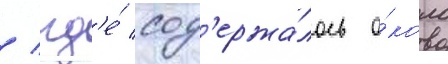
/ гд'е́ сод'ержа́лось о́коло